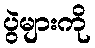
ပွဲများကို